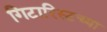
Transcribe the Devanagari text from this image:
गिटारिस्टच्या